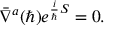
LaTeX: \bar { \nabla } ^ { a } ( \hbar ) e ^ { { \frac { i } { \hbar } } S } = 0 .